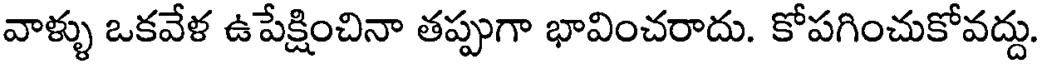
వాళ్ళు ఒకవేళ ఉపేక్షించినా తప్పుగా భావించరాదు. కోపగించుకోవద్దు